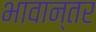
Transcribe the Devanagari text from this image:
भावान्तर